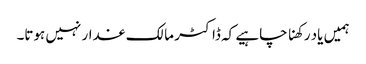
ہمیں یاد رکھنا چاہیے کہ ڈاکٹر مالک غدار نہیں ہوتا۔